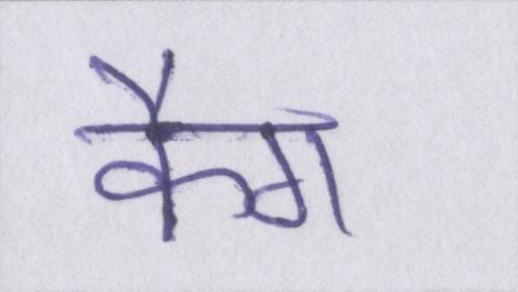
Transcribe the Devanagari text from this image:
कैग